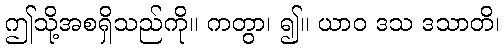
ဤသို့အစရှိသည်ကို။ ကတွာ၊ ၍။ ယာဝ ဒသ ဒသာတိ၊